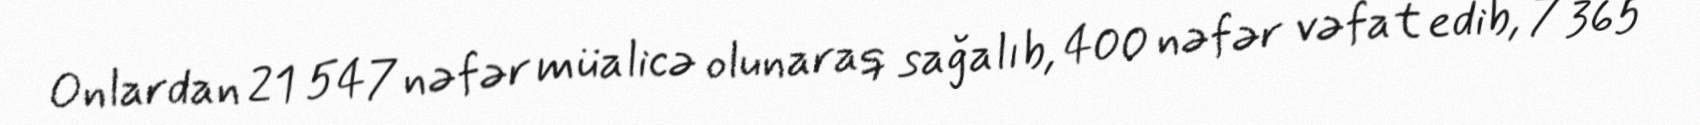
Onlardan 21 547 nəfər müalicə olunaraq sağalıb, 400 nəfər vəfat edib, 7 365